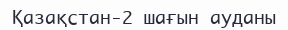
Қазақстан-2 шағын ауданы